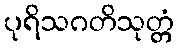
ပုရိသဂတိသုတ္တံ